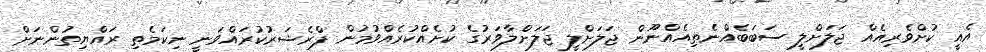
އެއީ ކުށްވެރިއެއް ޖަލަށްލީ ސަބަބެއްނެތިއެއްނޫން ޖަލަށްލީ ޖަލަށްލާވަރުގެ ކުށެއްކުރެއްވުމުން ޕްރެޝަރުކުރައްވަނީ ނިކަމެތި ރައްޔިތުންނަށް